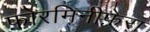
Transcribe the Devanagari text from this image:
फ़ोरमिनीफ़ेरा